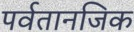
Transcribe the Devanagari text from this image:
पर्वतानजिक